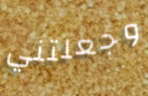
وجعلتني